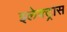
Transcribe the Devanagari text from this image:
इलेक्‍ट्रास